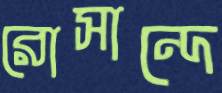
রোসান্দে